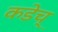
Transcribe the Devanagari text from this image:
कडेच्